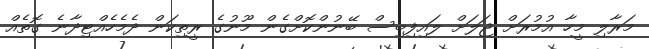
މަރާލި މީހާ އުމުރަށް ޖަލަށް ލައިފިބިސް ބޭނުންކޮށްގެން މޫނުގެ ރީތިކަން ދެމެހެއްޓިދާނެ ގޮތެއް